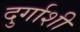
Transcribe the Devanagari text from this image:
दुर्गाशी